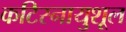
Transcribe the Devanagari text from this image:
कटिस्नायुशूल